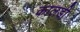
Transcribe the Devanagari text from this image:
कालडी़